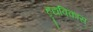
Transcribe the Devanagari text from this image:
हृद्यविकास